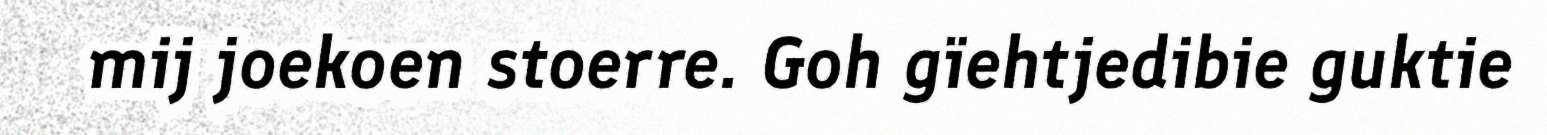
mij joekoen stoerre. Goh gïehtjedibie guktie